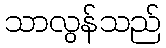
သာလွန်သည်